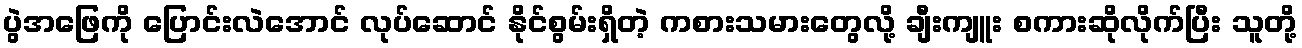
ပွဲအဖြေကို ပြောင်းလဲအောင် လုပ်ဆောင် နိုင်စွမ်းရှိတဲ့ ကစားသမားတွေလို့ ချီးကျူး စကားဆိုလိုက်ပြီး သူတို့